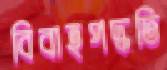
বিবাহপদ্ধতি